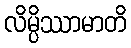
လိမ္ပိဿာမာတိ